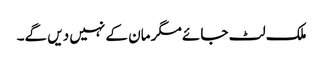
ملک لٹ جائے مگر مان کے نہیں دیں گے۔